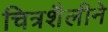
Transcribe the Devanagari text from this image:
चित्रशैलीने